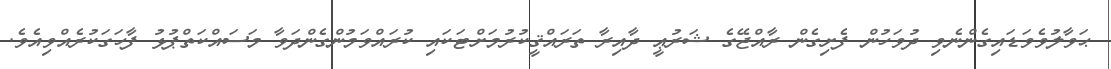
ޙަވާލުވެވަޑައިގެންނެވި ދުވަހުން ފެށިގެން ރާއްޖޭގެ ޝަރުޢީ ދާއިރާ ތަރައްޤީކުރުމަށްޓަކައި ކުރައްވަމުންގެންދަވާ މަސައްކަތްޕުޅު ފާހަގަކުރެއްވިއެވެ.